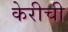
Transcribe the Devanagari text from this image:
केरीची